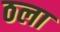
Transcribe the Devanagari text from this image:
ठला